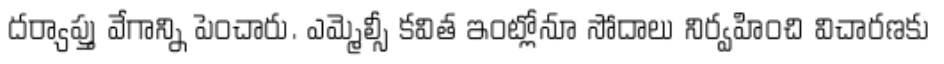
దర్యాప్తు వేగాన్ని పెంచారు. ఎమ్మెల్సీ కవిత ఇంట్లోనూ సోదాలు నిర్వహించి విచారణకు